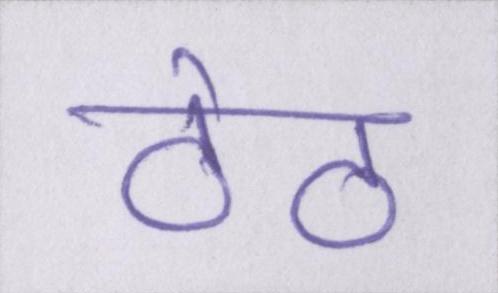
ठेठ